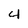
Character: 4